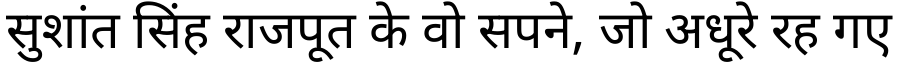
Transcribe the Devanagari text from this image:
सुशांत सिंह राजपूत के वो सपने, जो अधूरे रह गए